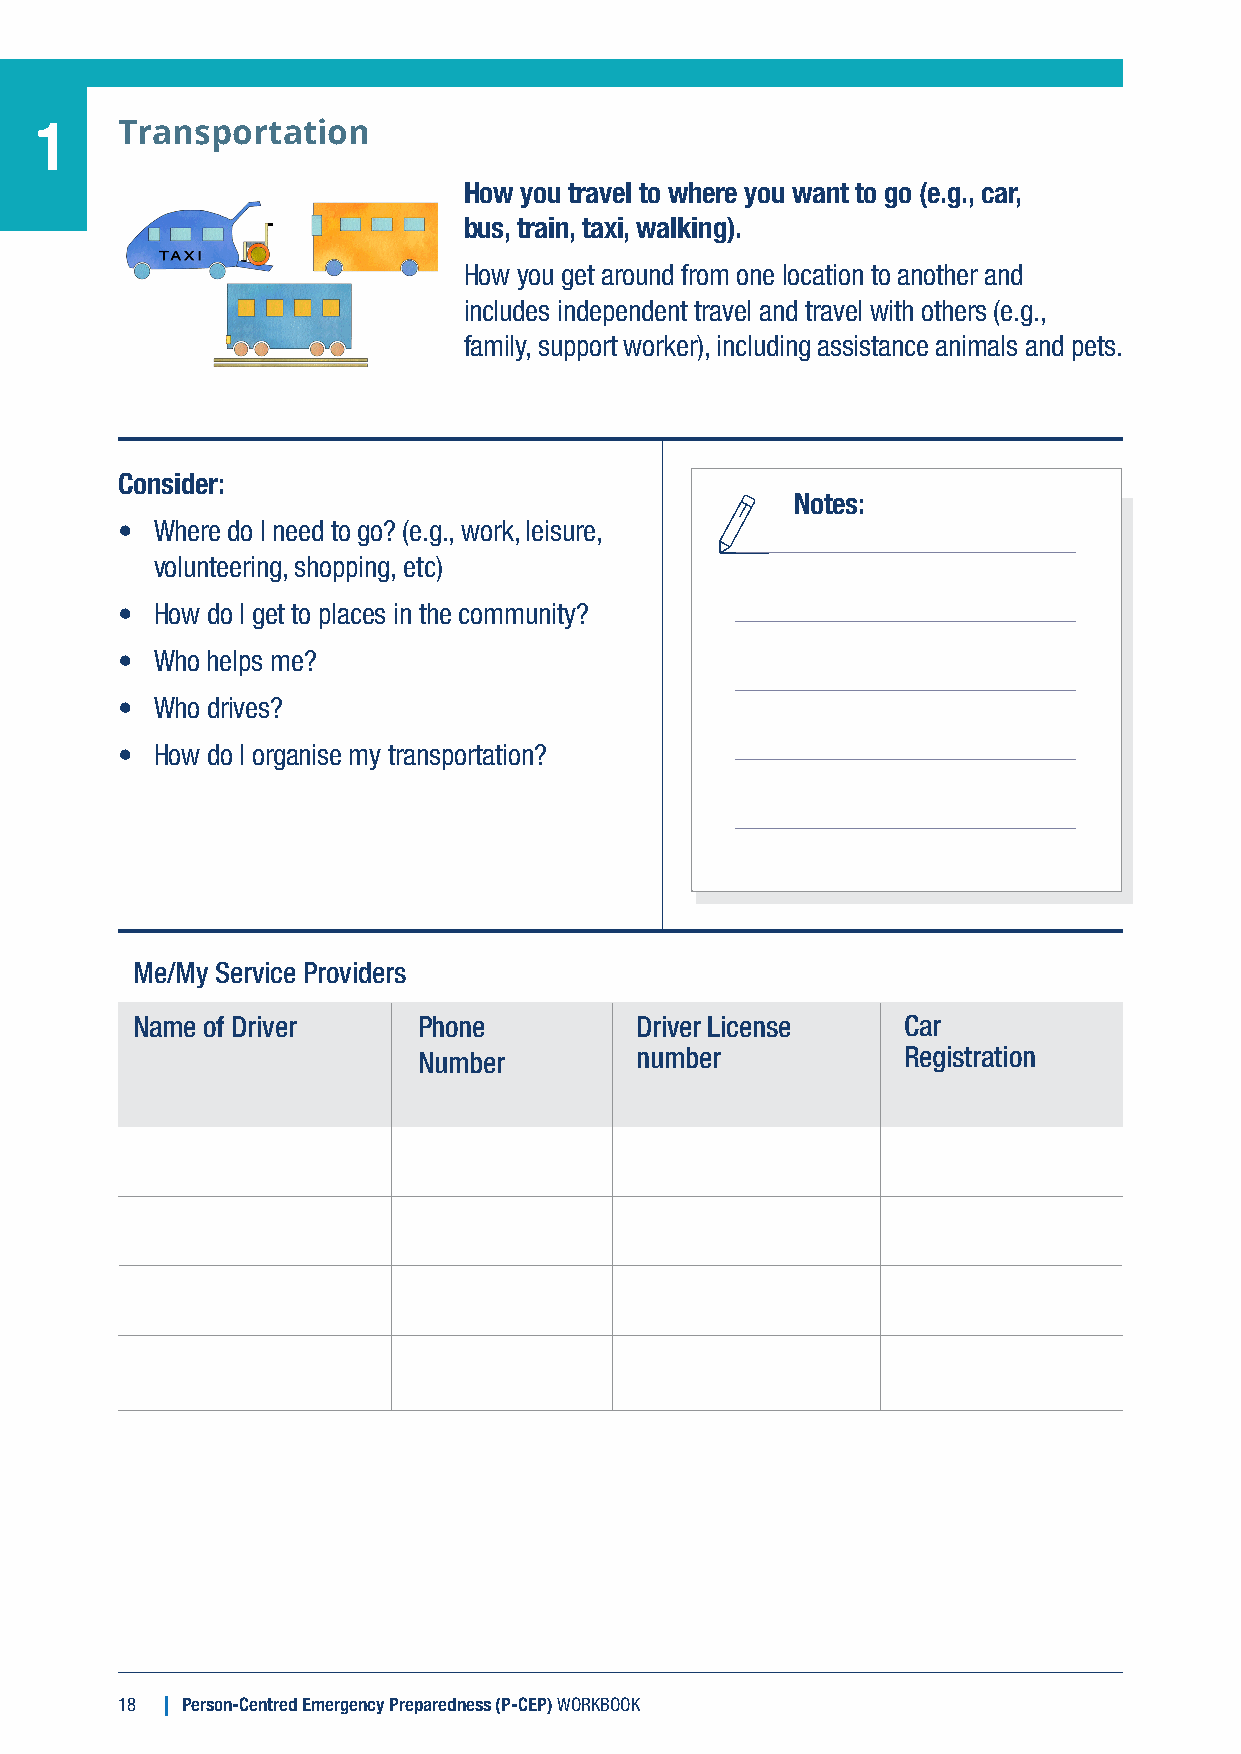
1     Transportation
 How you travel to where you want to go (e.g., car,
 bus, train, taxi, walking).
 How you get around from one location to another and
 includes independent travel and travel with others (e.g.,
 family, support worker), including assistance animals and pets.
 Consider:
 Notes:
 • Where do I need to go? (e.g., work, leisure,
 volunteering, shopping, etc)
 • How do I get to places in the community?
 • Who helps me?
 • Who drives?
 • How do I organise my transportation?
 Me/My Service Providers
 Name of Driver     Phone         Driver License    Car
 Number        number            Registration
 18  Person-Centred Emergency Preparedness (P-CEP) WORKBOOK